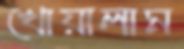
খোয়ালাম